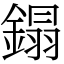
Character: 鎉